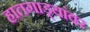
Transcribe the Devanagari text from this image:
हातगाड्यांवर